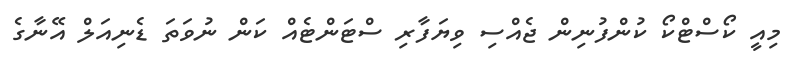
މިއީ ކޯސްޓްކޯ ކުންފުނިން ޖެއްސި ވިޔަފާރި ސްޓަންޓެއް ކަން ނުވަތަ ޑެނިއަލް އޭނާގެ